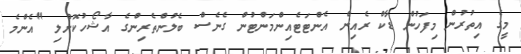
މީގެ އިތުރުން މިފަހުން ޑާކް ރެއިން އެންޓަޓެއިންމަންޓުން ގެނެސް ބެލުންތެރިންގެ އާޝޯހުކޮށްލި "އެންމެ